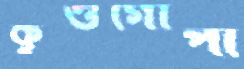
কুণ্ডগোপী